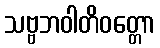
သဗ္ဗဘဝါတိဝတ္တော